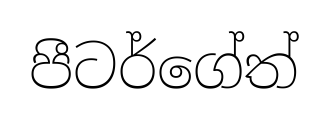
පීටර්ගේත්